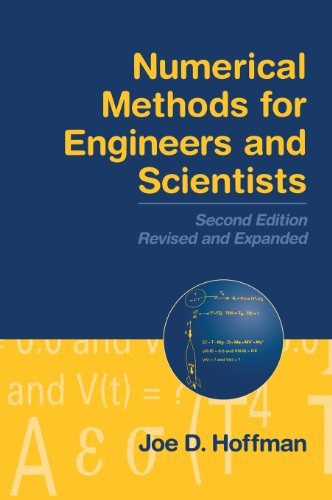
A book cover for Numerical Methods for Engineers and Scientists, Second Edition,; Joe D. Hoffman; Science & Math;